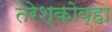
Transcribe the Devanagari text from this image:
तेरेश्कोव्हा